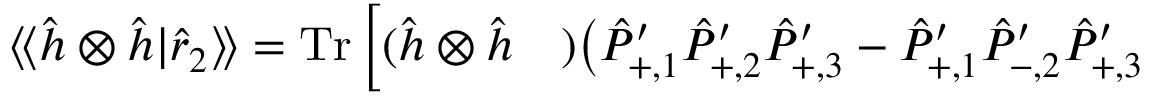
\begin{array} { r l } { \langle \! \langle \hat { h } \otimes \hat { h } | \hat { r } _ { 2 } \rangle \! \rangle \stackrel { } { = } \operatorname { T r } \Big [ ( \hat { h } \otimes \hat { h } } & { { } ) \big ( \hat { P } _ { + , 1 } ^ { \prime } \hat { P } _ { + , 2 } ^ { \prime } \hat { P } _ { + , 3 } ^ { \prime } - \hat { P } _ { + , 1 } ^ { \prime } \hat { P } _ { - , 2 } ^ { \prime } \hat { P } _ { + , 3 } ^ { \prime } } \end{array}